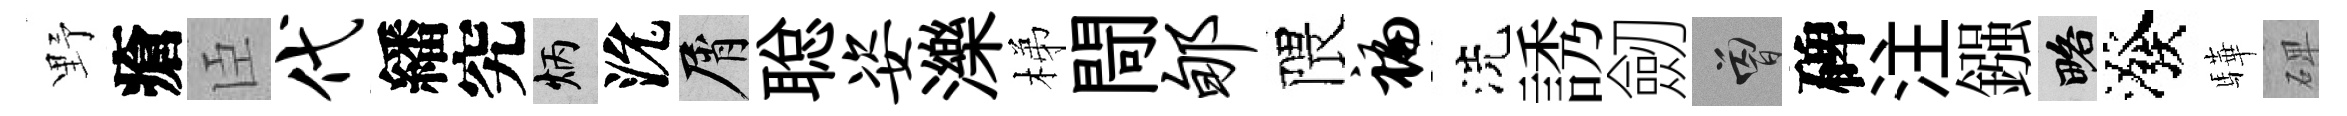
野瘡臣代繙究炳沇屑聪姿濼梯閜郇隈褊洗誘劒曾碑注鏹略潑驊𥓓